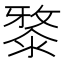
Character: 𣻊